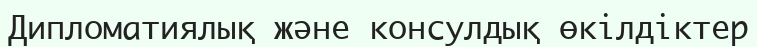
Дипломатиялық және консулдық өкілдіктер